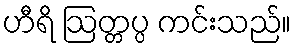
ဟီရိ ဩတ္တပ္ပ ကင်းသည်။